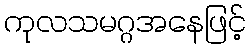
ကုလသမဂ္ဂအနေဖြင့်